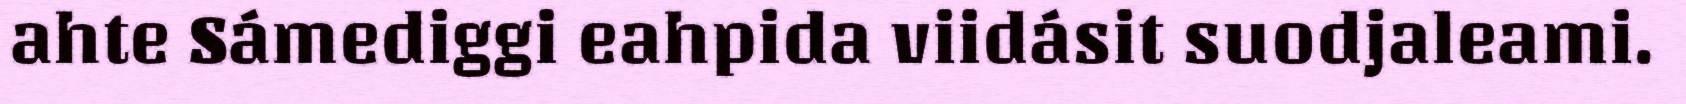
ahte Sámediggi eahpida viidásit suodjaleami.